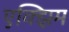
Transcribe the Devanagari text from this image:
एक्झिम